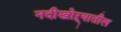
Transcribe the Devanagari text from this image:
नदीखोऱ्यातील